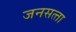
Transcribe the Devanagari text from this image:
जनसत्‍ता